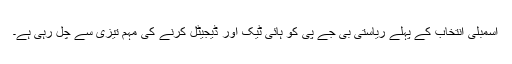
اسمبلی انتخاب کے پہلے ریاستی بی جے پی کو ہائی ٹیک اور ڈیجیٹل کرنے کی مہم تیزی سے چل رہی ہے۔